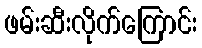
ဖမ်းဆီးလိုက်ကြောင်း